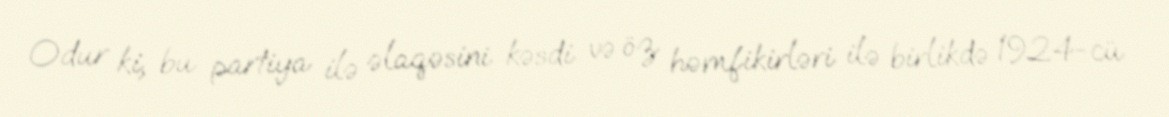
Odur ki, bu partiya ilə əlaqəsini kəsdi və öz həmfikirləri ilə birlikdə 1924-cü